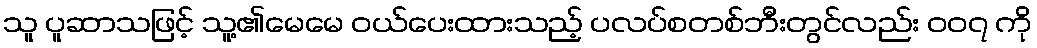
သူ ပူဆာသဖြင့် သူ့၏မေမေ ဝယ်ပေးထားသည့် ပလပ်စတစ်ဘီးတွင်လည်း ၀၀၇ ကို